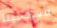
مهاجمتنا